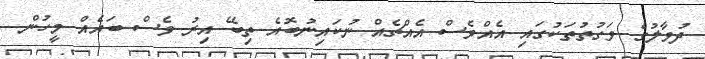
ދުވާލުގެ ވަގުތުތަކުގައި އެއްވެސް އެއްޗެއް ނުކައިނުބޮއެ ތިބޭ އިރު ވެސް ބައެއް މީހުން